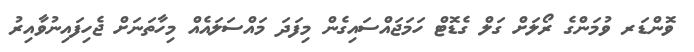
ވޮންޑަރ ވުމަންގެ ރޯލަށް ގަލް ގެޑޮޓް ހަމަޖައްސައިގެން މިފަދަ މައްސަލައެއް މިހާތަނަށް ޖެހިފައިނުވާއިރު